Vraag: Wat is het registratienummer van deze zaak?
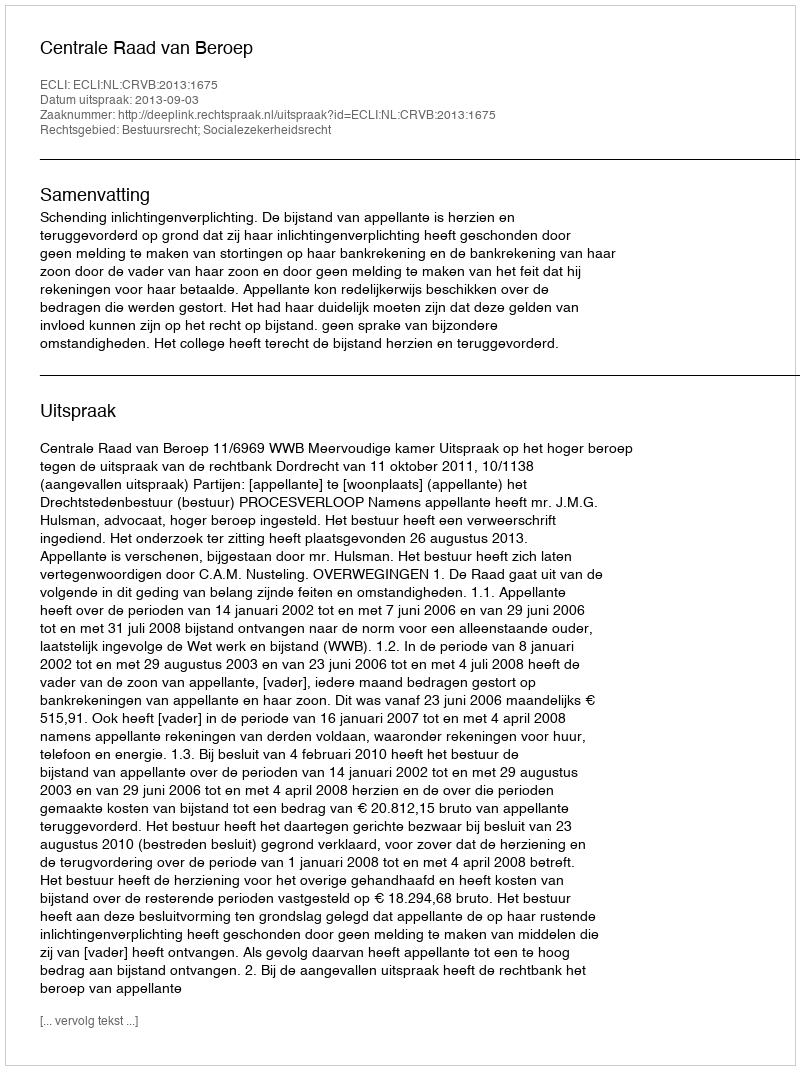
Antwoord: http://deeplink.rechtspraak.nl/uitspraak?id=ECLI:NL:CRVB:2013:1675